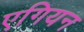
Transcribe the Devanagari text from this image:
एगियन